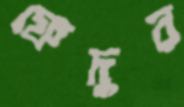
ফেদুর